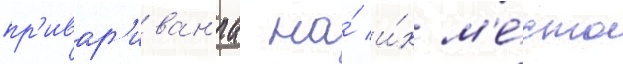
пр'ивар'иван'иа на́ и́х м'е́сто